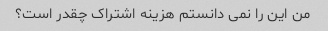
من این را نمی دانستم هزینه اشتراک چقدر است؟